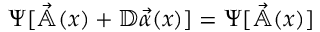
\Psi [ \vec { \mathbb { A } } ( x ) + \mathbb { D } \vec { \alpha } ( x ) ] = \Psi [ \vec { \mathbb { A } } ( x ) ]